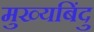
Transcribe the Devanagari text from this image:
मुख्यबिंदु